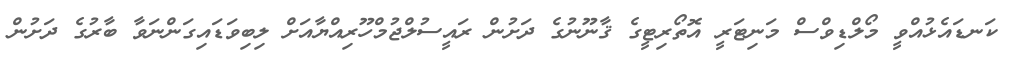
ކަނޑައެޅުއްވީ މޯލްޑިވްސް މަނިޓަރީ އޮތޯރިޓީގެ ޤާނޫނުގެ ދަށުން ރައީސުލްޖުމްހޫރިއްޔާއަށް ލިބިވަޑައިގަންނަވާ ބާރުގެ ދަށުން